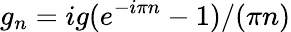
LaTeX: g_{n}=ig(e^{-i\pi n}-1)/(\pi n)